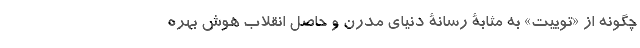
چگونه از «توییت» به مثابۀ رسانۀ دنیای مدرن و حاصل انقلاب هوش بهره